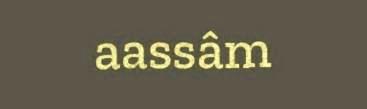
aassâm